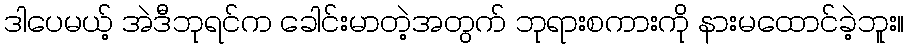
ဒါပေမယ့် အဲဒီဘုရင်က ခေါင်းမာတဲ့အတွက် ဘုရားစကားကို နားမထောင်ခဲ့ဘူး။